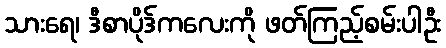
သားရေ၊ ဒီစာပိုဒ်ကလေးကို ဖတ်ကြည့်စမ်းပါဦး